Indian journal of veterinary science and animal husbandry - Volumes 15-17, 1948-1951
Year: 1948
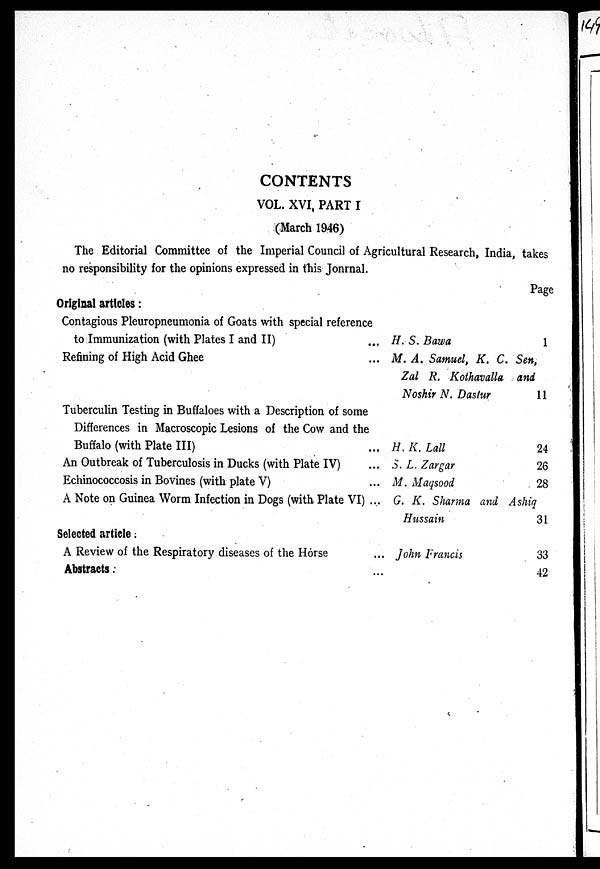
CONTENTS
VOL. XVI, PART I
(March 1946)
The Editorial Committee of the Imperial Council of Agricultural Research, India, takes
no responsibility for the opinions expressed in this Jonrnal.
Original articles:
Contagious Pleuropneumonia of Goats with special reference
to Immunization (with Plates I and II) ...
Refining of High Acid Ghee ...
Tuberculin Testing in Buffaloes with a Description of some
Differences in Macroscopic Lesions of the Cow and the
Buffalo (with Plate III) ...
An Outbreak of Tuberculosis in Ducks (with Plate IV) ...
Echinococcosis in Bovines (with plate V) ...
A Note on Guinea Worm Infection in Dogs (with Plate VI) ...
Selected article:
A Review of the Respiratory diseases of the Horse ...
Abstracts: ...
Page
H. S. Bawa
1
M. A. Samuel, K. C. Sen,
Zal R. Kothavalla and
Noshir N. Dastur
11
H. K. Lall
24
S. L. Zargar
26
M. Maqsood
28
G. K. Sharma and Ashiq
Hussain
31
John Francis
33
42